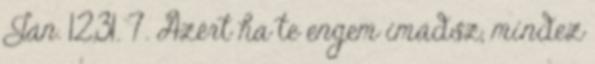
Ján. 12,31. 7. Azért ha te engem imádsz, mindez